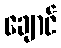
ချောင်